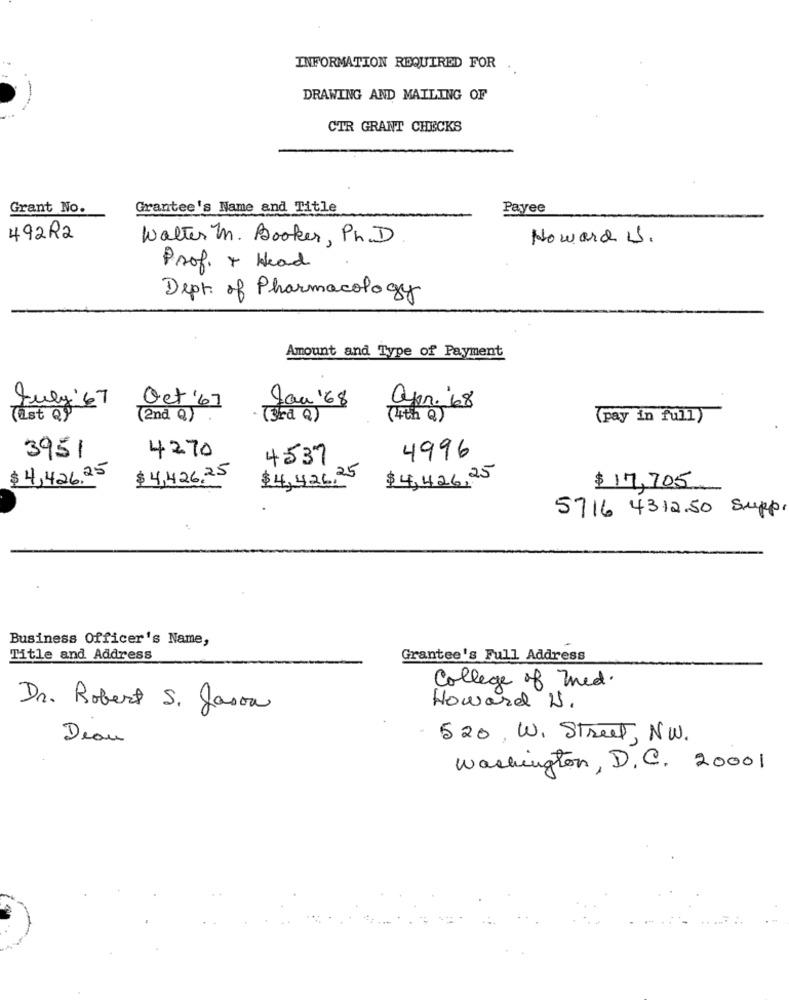
INFORMATION REQUIRED FOR
DRAWING AND MAILING OF
CTR GRANT CHECKS
Grant No.
Grantee's Name and Title
Payee
492R2
Walter M. Booker, Ph.D
Howard .
Prof. + Head
Dept of Pharmacology
Amount and Type of Payment
Can '68
July 67 Oct '67
apr. 68
(ist Q9
(2nd Q)
(3ra Q)
(4th Q)
(pay in full)
4270
3951
4537
4996
$ 4,426.25
$ 4,426,25
$4,426,25
$4,426,25
$ 17,705
5716 4312.50 Supp
Business Officer's Name,
Title and Address
Grantee's Full Address
College of Med.
Dr. Robert S. Jason
Howard 1.
Deau
520, W. Street, NW.
washington, D.C. 20001